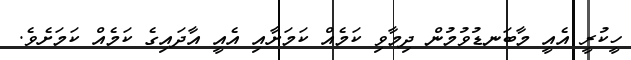
ހީކުރީ އެއީ މާބަނޑުވުމުން ދިމާވި ކަމެއް ކަމަށާއި އެއީ އާދައިގެ ކަމެއް ކަމަށެވެ.